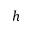
h